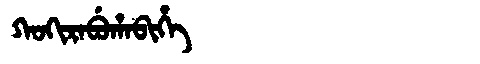
Manchu: ᡴᠣᡴᡳᡵᠠᠪᡠᡥᠠᠪᡳᡥᡝ
Romanization: KOKIRABUHABIHE